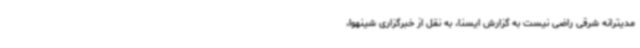
مدیترانه شرقی راضی نیست به گزارش ایسنا، به نقل از خبرگزاری شینهوا،